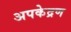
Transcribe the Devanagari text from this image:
अपकेद्रण